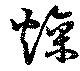
燥